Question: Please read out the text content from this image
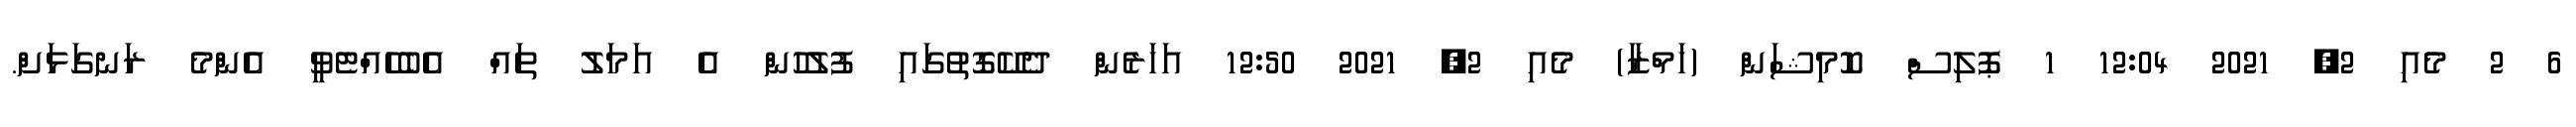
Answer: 6 2 މެއި 2, 2021 12:04 1 ޕޮލިސް ކޮމިޝަން (ހަމްޒާ) މެއި 2, 2021 12:50 އަހަރެން ދެކޭގޮތުގައި ފުލުހުން އެ އަމަލު ތައް އެބެހެއްޓެވީ އެންމެ ރަނގަޅަށް.